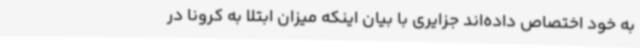
به خود اختصاص داده‌اند جزایری با بیان اینکه میزان ابتلا به کرونا در